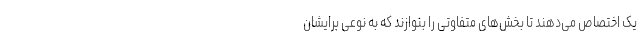
یک اختصاص می‌دهند تا بخش‌های متفاوتی را بنوازند که به نوعی برایشان